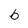
Character: b